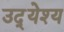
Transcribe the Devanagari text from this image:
उद्‍येश्य